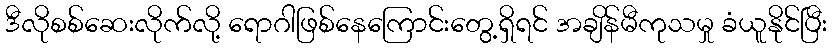
ဒီလိုစစ်ဆေးလိုက်လို့ ရောဂါဖြစ်နေကြောင်းတွေ့ရှိရင် အချိန်မီကုသမှု ခံယူနိုင်ပြီး